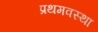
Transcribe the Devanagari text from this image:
प्रथमवस्था